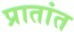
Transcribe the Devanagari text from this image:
प्रातांत